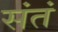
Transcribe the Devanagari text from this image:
संतं